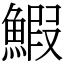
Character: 鰕